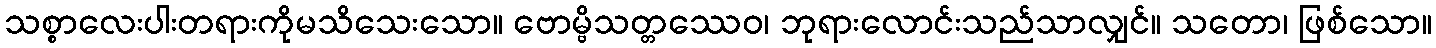
သစ္စာလေးပါးတရားကိုမသိသေးသော။ ဗောမ္ဗိသတ္တဿေဝ၊ ဘုရားလောင်းသည်သာလျှင်။ သတော၊ ဖြစ်သော။